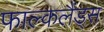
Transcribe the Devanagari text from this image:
फाल्कलैंड्स